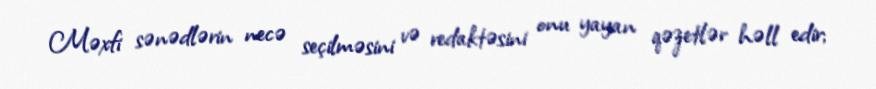
Məxfi sənədlərin necə seçilməsini və redaktəsini onu yayan qəzetlər həll edir;